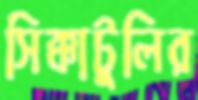
সিক্কাটুলির